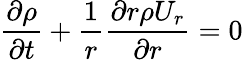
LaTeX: \frac{\partial\rho}{\partial t}+\frac{1}{r}\frac{\partial r\rho U_{r}}{\partial r}=0